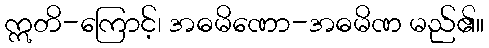
ဣတိ-ကြောင့်၊ အဓမိဏော-အဓမိဏ မည်၏။